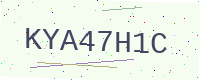
Text: KYA47H1C